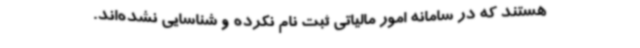
هستند که در سامانه امور مالیاتی ثبت‌ نام نکرده و شناسایی نشده‌اند.